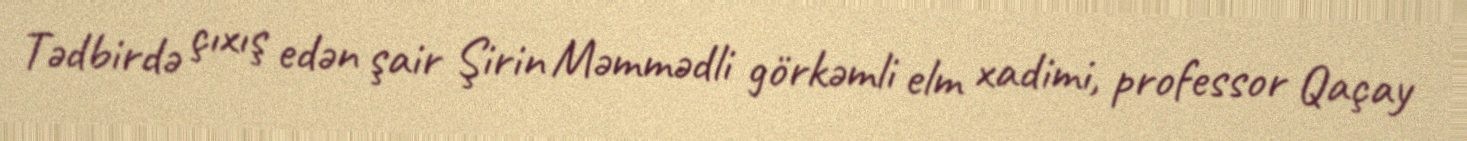
Tədbirdə çıxış edən şair Şirin Məmmədli görkəmli elm xadimi, professor Qaçay